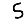
Digit: 5